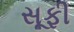
સૂફી